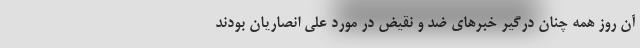
آن روز همه چنان درگیر خبر‌های ضد و نقیض در مورد علی انصاریان بودند